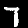
Digit: 7